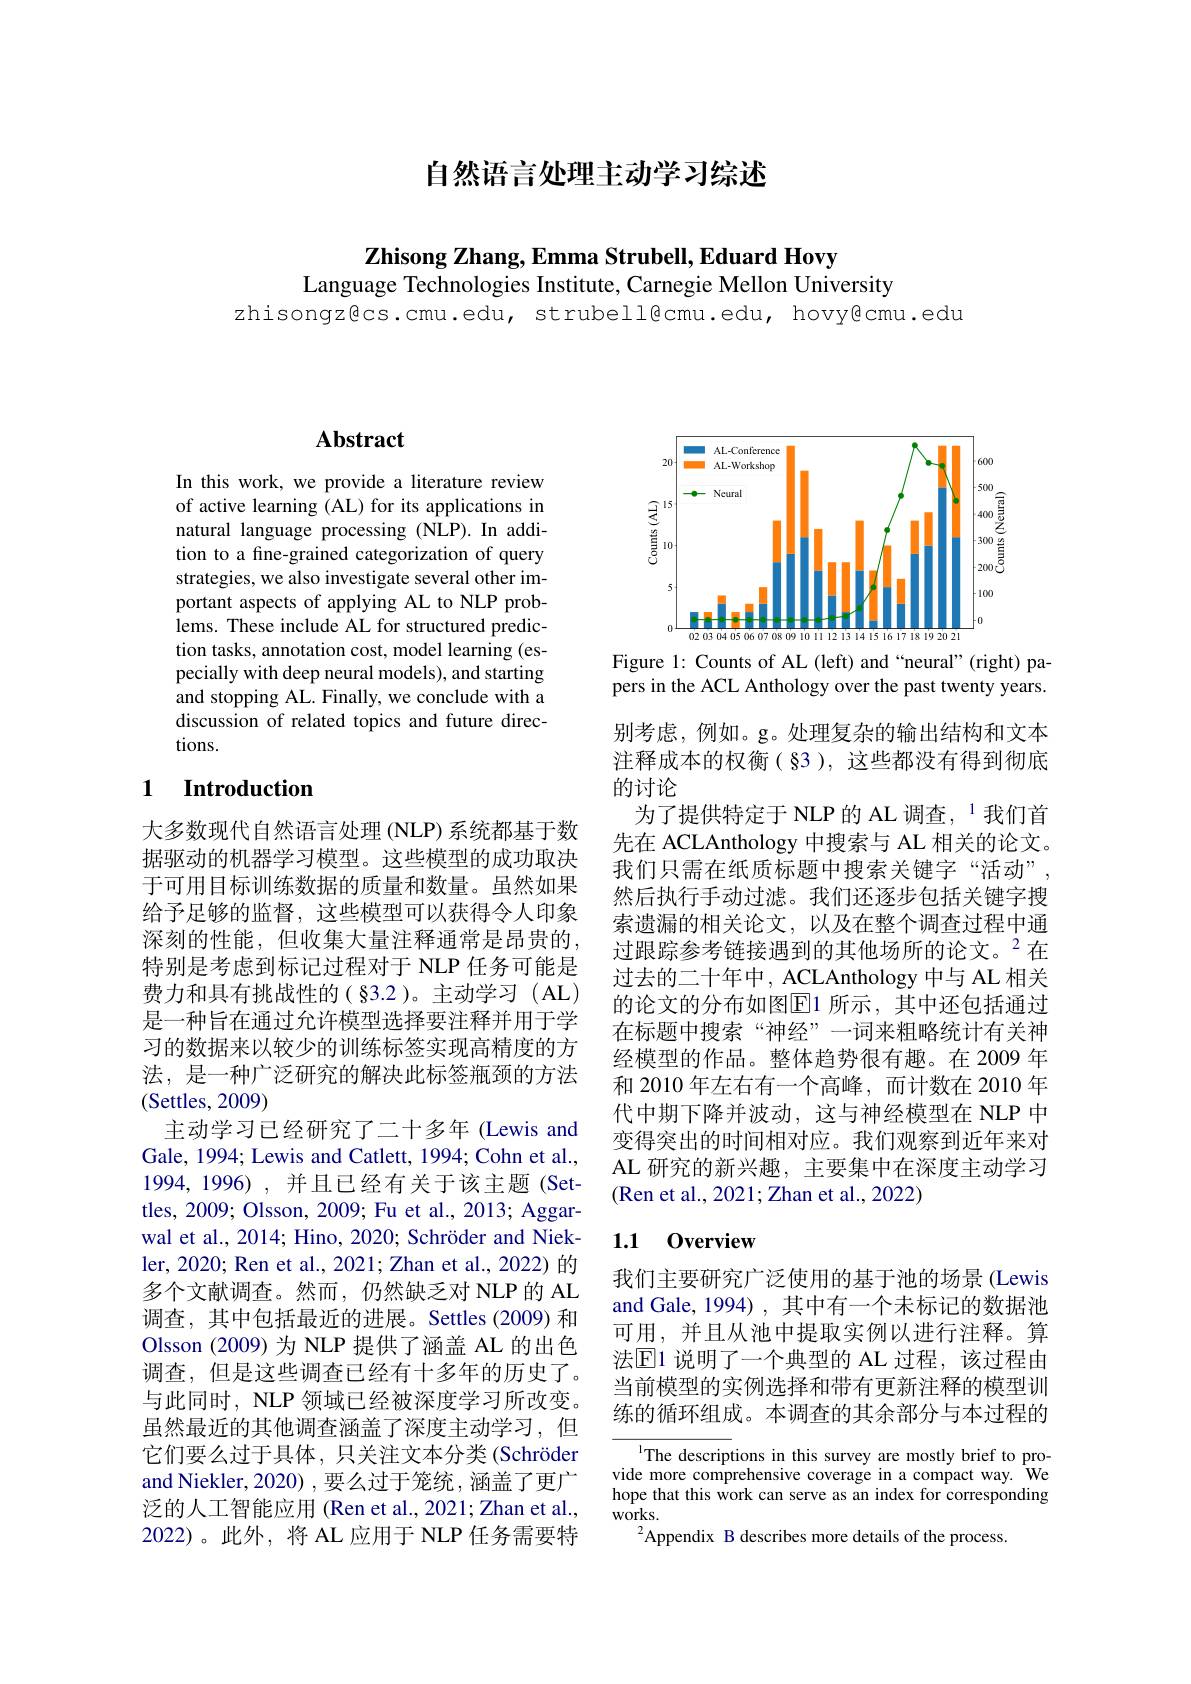
自然语言处理主动学习综述

$\textbf{Zhisong Zhang, Emma Strubell, Eduard Hovy}$
Language Technologies Institute, Carnegie Mellon University
zhisongz@cs.cmu.edu, strubell@cmu.edu, hovy@cmu.edu

## $\mathbf{Abstract}$

In this work, we provide a literature review of active learning (AL) for its applications in natural language processing (NLP). In addition to a fine-grained categorization of query strategies, we also investigate several other important aspects of applying AL to NLP problems. These include AL for structured prediction tasks, annotation cost, model learning (especially with deep neural models), and starting and stopping AL. Finally, we conclude with a discussion of related topics and future directions.

### 1 Introduction

大多数现代自然语言处理(NLP) 系统都基于数据驱动的机器学习模型。这些模型的成功取决于可用目标训练数据的质量和数量。虽然如果给予足够的监督，这些模型可以获得令人印象深刻的性能，但收集大量注释通常是昂贵的， 特别是考虑到标记过程对于 NLP 任务可能是费力和具有挑战性的(§3.2)。主动学习(AL) 是一种旨在通过允许模型选择要注释并用于学习的数据来以较少的训练标签实现高精度的方法，是一种广泛研究的解决此标签瓶颈的方法(Settles, 2009)

主动学习已经研究了二十多年(Lewis and Gale, 1994; Lewis and Catlett, 1994; Cohn et al., 1994,1996),并且已经有关于该主题(Settles, 2009; Olsson, 2009; Fu et al., 2013; Aggarwal et al., 2014; Hino, 2020; Schröder and Niekler, 2020; Ren et al., 2021; Zhan et al., 2022) 的多个文献调查。然而，仍然缺乏对 NLP 的 AL 调查，其中包括最近的进展。Settles(2009)和Olsson (2009) 为 NLP 提供了涵盖 AL 的出色调查，但是这些调查已经有十多年的历史了。与此同时，NLP 领域已经被深度学习所改变。虽然最近的其他调查涵盖了深度主动学习，但它们要么过于具体，只关注文本分类(Schröder and Niekler, 2020) , 要么过于笼统，涵盖了更广泛的人工智能应用 (Ren et al., 2021; Zhan et al., 2022)。此外，将 AL 应用于 NLP 任务需要特

<FigureHere>

Figure 1: Counts of AL (left) and “neural”(right) papers in the ACL Anthology over the past twenty years.

别考虑，例如。g。处理复杂的输出结构和文本注释成本的权衡(§3),这些都没有得到彻底的讨论
为了提供特定于 NLP 的 AL 调查，$^{1}$我们首先在 ACLAnthology 中搜索与 AL 相关的论文。我们只需在纸质标题中搜索关键字“活动”, 然后执行手动过滤。我们还逐步包括关键字搜索遗漏的相关论文，以及在整个调查过程中通过跟踪参考链接遇到的其他场所的论文。$^{2}$在过去的二十年中，ACLAnthology 中与 AL 相关的论文的分布如图$\overline{\mathrm{E}}$1 所示，其中还包括通过在标题中搜索“神经”一词来粗略统计有关神经模型的作品。整体趋势很有趣。在 2009 年和 2010 年左右有一个高峰，而计数在 2010 年代中期下降并波动，这与神经模型在 NLP 中变得突出的时间相对应。我们观察到近年来对AL 研究的新兴趣，主要集中在深度主动学习(Ren et al., 2021; Zhan et al., 2022)

## 1.1 0verview

我们主要研究广泛使用的基于池的场景 (Lewis and Gale, 1994) , 其中有一个未标记的数据池可用，并且从池中提取实例以进行注释。算法$\operatorname{E1}$ 说明了一个典型的 AL 过程，该过程由当前模型的实例选择和带有更新注释的模型训练的循环组成。本调查的其余部分与本过程的

$^{\text{l}}$The descriptions in this survey are mostly brief to provide more comprehensive coverage in a compact way. We hope that this work can serve as an index for corresponding works.
$^2$Appendix B describes more details of the process